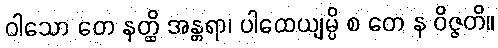
ဝါသော တေ နတ္ထိ အန္တရာ၊ ပါထေယျမ္ပိ စ တေ န ဝိဇ္ဇတိ။